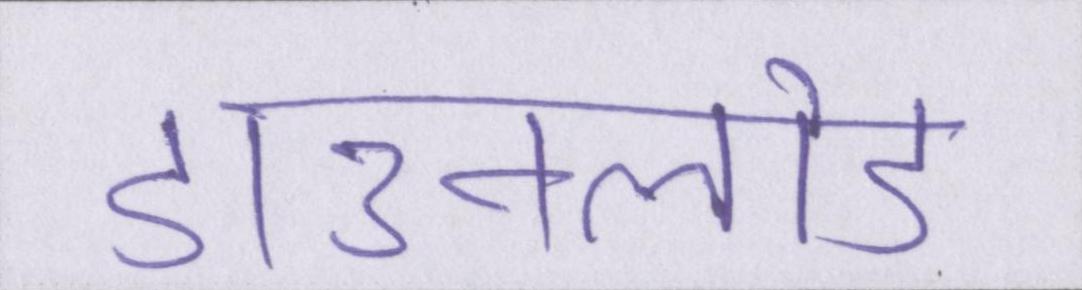
डाउनलोड